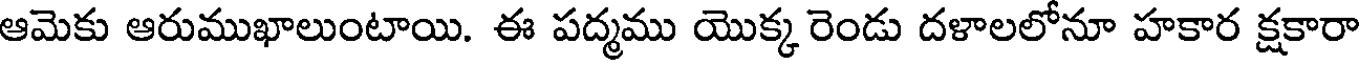
ఆమెకు ఆరుముఖాలుంటాయి. ఈ పద్మము యొక్క రెండు దళాలలోనూ హకార క్షకారా